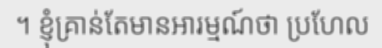
។ ខ្ញុំគ្រាន់តែមានអារម្មណ៍ថា ប្រហែល